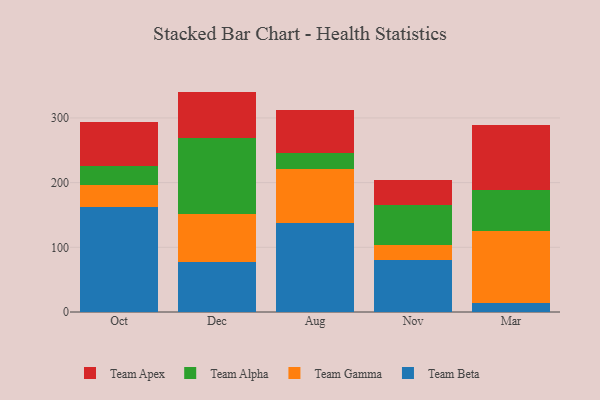
{"axis": {"x": "Month", "y": "Website Visitors"}, "legend": ["Team Alpha", "Team Apex", "Team Beta", "Team Gamma"], "data": [{"x": "Oct", "y": 162.3, "type": "Team Beta"}, {"x": "Oct", "y": 34.2, "type": "Team Gamma"}, {"x": "Oct", "y": 28.6, "type": "Team Alpha"}, {"x": "Oct", "y": 68.0, "type": "Team Apex"}, {"x": "Dec", "y": 77.9, "type": "Team Beta"}, {"x": "Dec", "y": 73.9, "type": "Team Gamma"}, {"x": "Dec", "y": 117.5, "type": "Team Alpha"}, {"x": "Dec", "y": 71.4, "type": "Team Apex"}, {"x": "Aug", "y": 137.8, "type": "Team Beta"}, {"x": "Aug", "y": 83.0, "type": "Team Gamma"}, {"x": "Aug", "y": 24.5, "type": "Team Alpha"}, {"x": "Aug", "y": 67.1, "type": "Team Apex"}, {"x": "Nov", "y": 80.0, "type": "Team Beta"}, {"x": "Nov", "y": 23.1, "type": "Team Gamma"}, {"x": "Nov", "y": 63.0, "type": "Team Alpha"}, {"x": "Nov", "y": 37.3, "type": "Team Apex"}, {"x": "Mar", "y": 14.1, "type": "Team Beta"}, {"x": "Mar", "y": 111.8, "type": "Team Gamma"}, {"x": "Mar", "y": 62.0, "type": "Team Alpha"}, {"x": "Mar", "y": 100.7, "type": "Team Apex"}]}